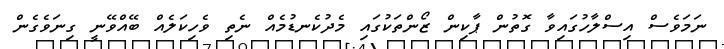
ނަމަވެސް އިސްލާހުގައިވާ ގޮތުން ޕާކިން ޒޯންތަކުގައި މެދުކެނޑުމެއް ނެތި ވެހިކަލެއް ބޭއްވޭނީ ގިނަވެގެން